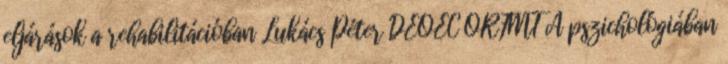
eljárások a rehabilitációban Lukács Péter DEOEC ORFMT A pszichológiában